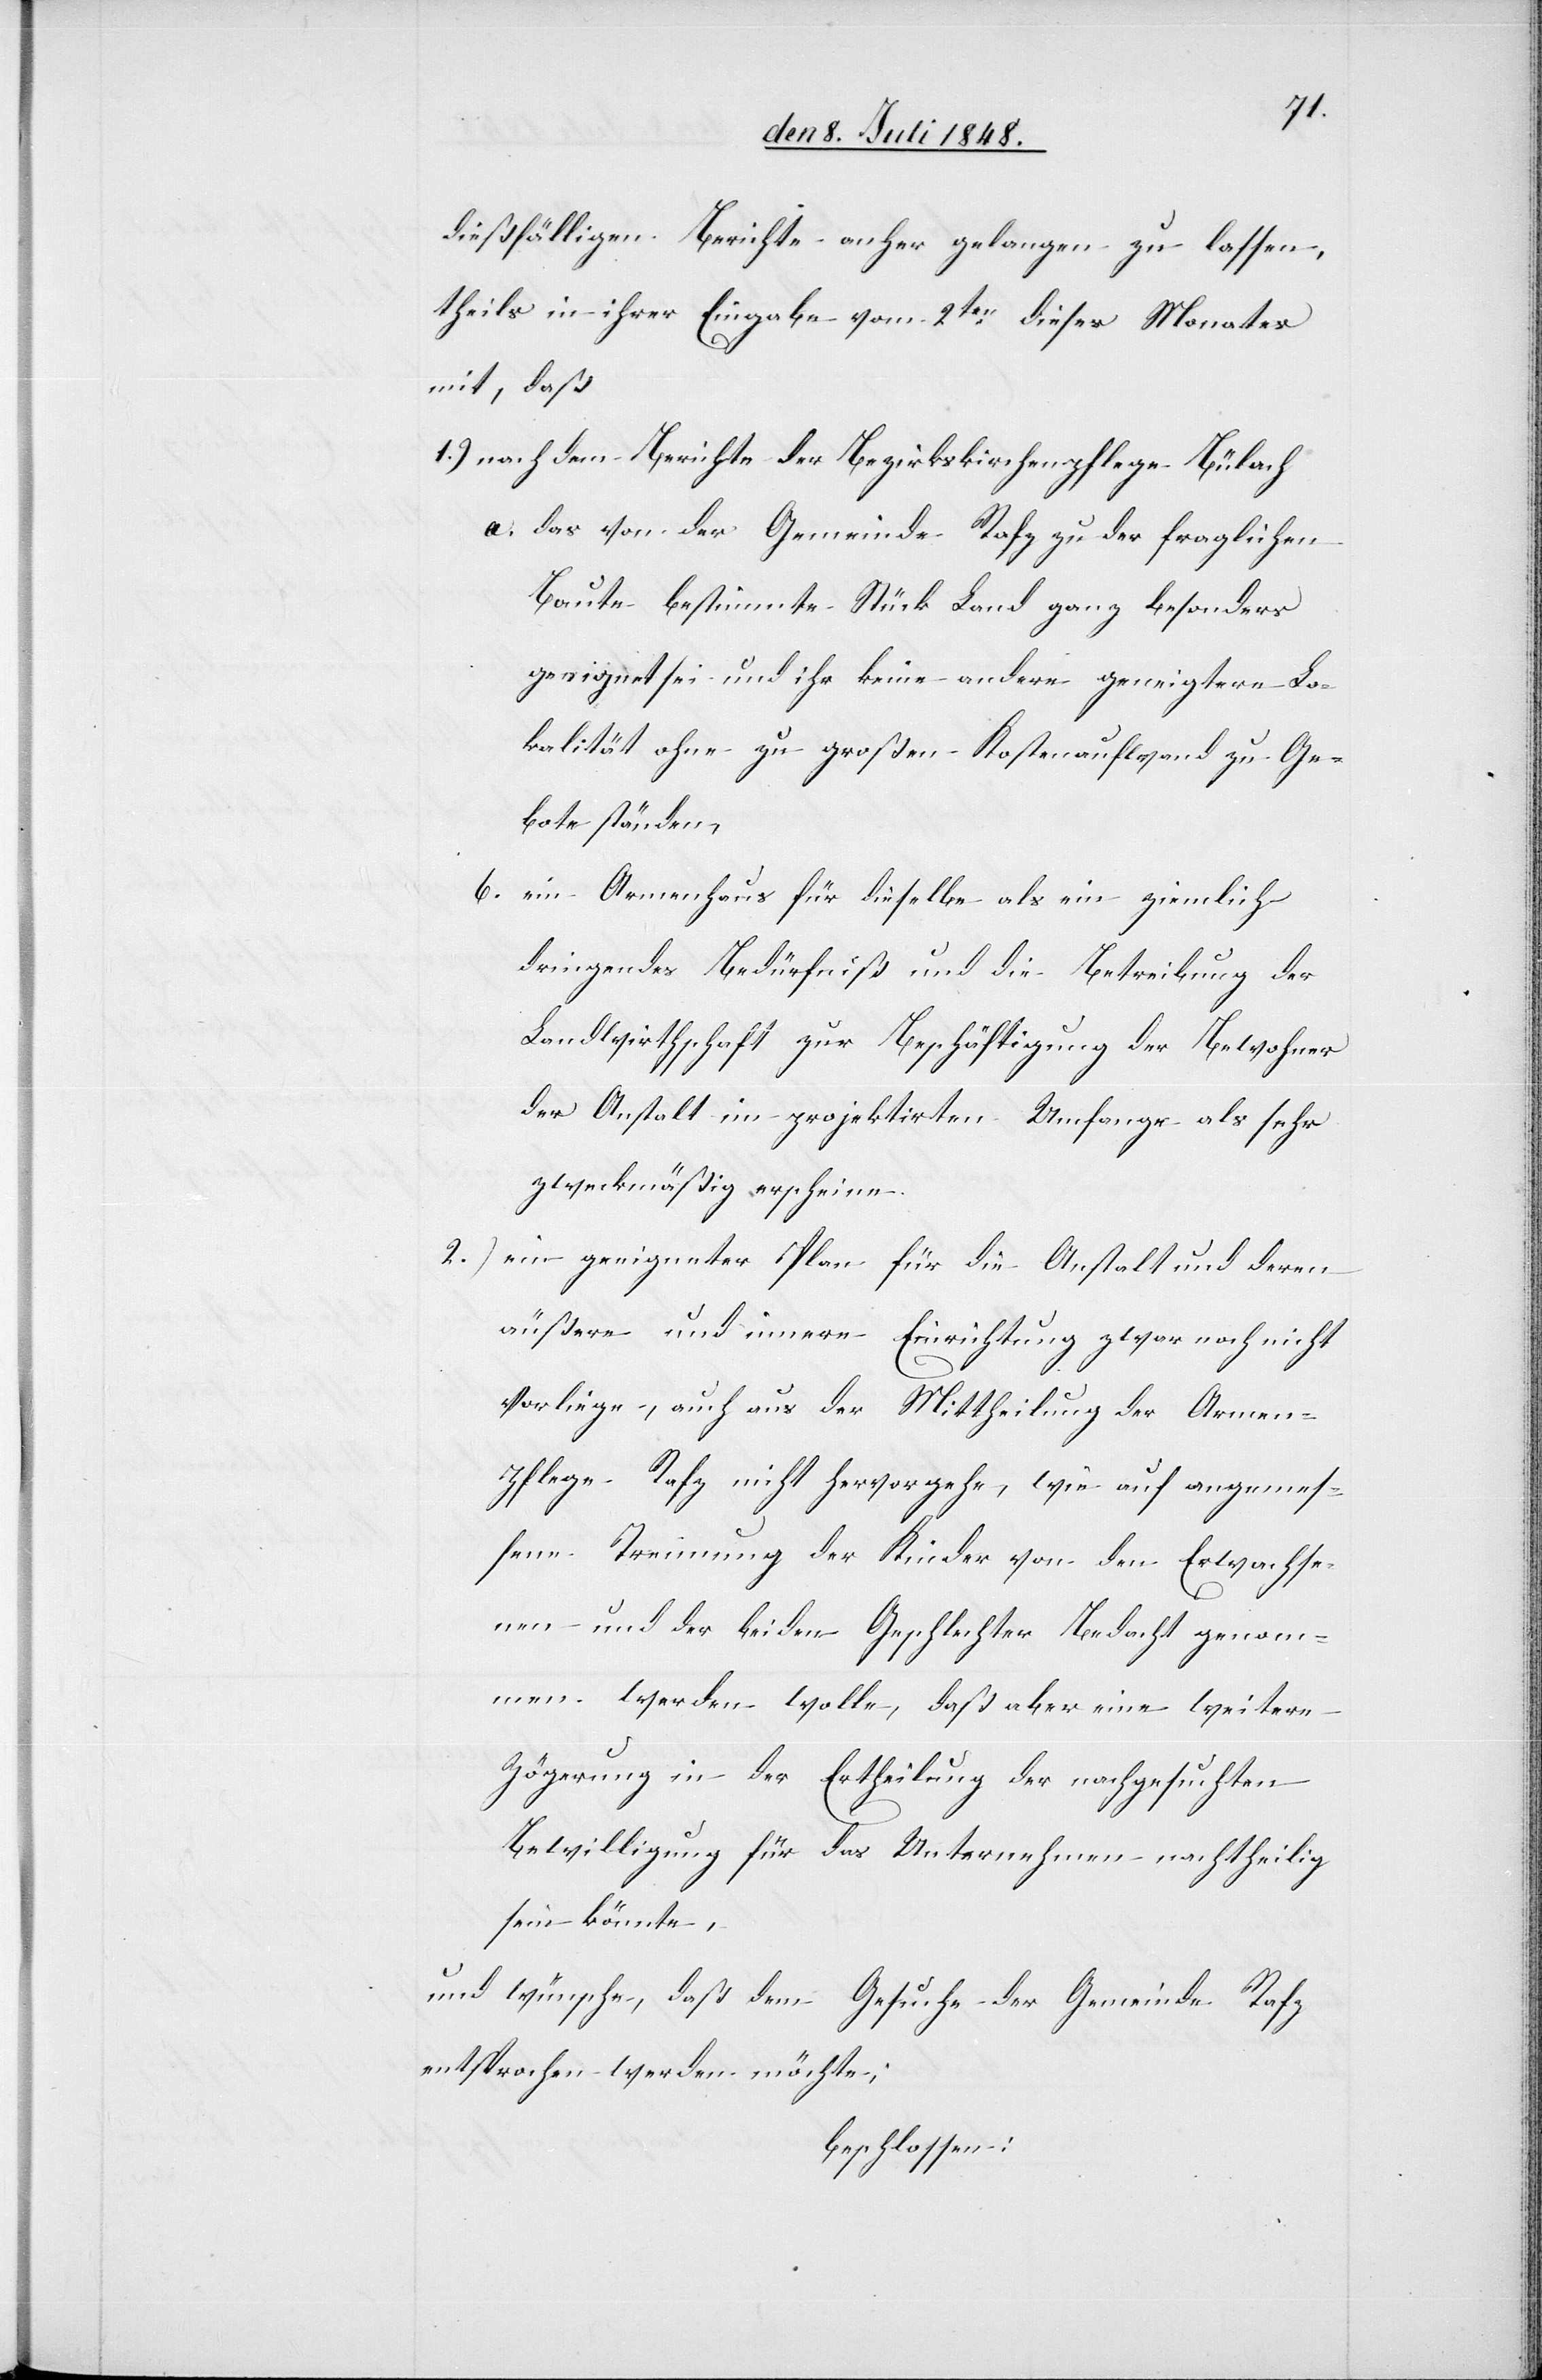
dießfälligen Berichte anher gelangen zu lassen,
theils in ihrer Eingabe vom 2ten dieses Monats
mit, daß
1.) nach dem Berichte der Bezirkskirchenpflege Bülach
a. das von der Gemeinde Rafz zu der fraglichen
Baute bestimmte Stück Land ganz besonders
geeignet sei und ihr keine andere geeignetere Lo¬
kalität ohne zu großen Kostenaufwand zu Ge¬
bote ständen,
b. ein Armenhaus für dieselbe als ein ziemlich
dringendes Bedürfniß und die Betreibung der
Landwirthschaft zur Beschäftigung der Bewohner
der Anstalt im projektirten Umfange als sehr
zweckmäßig erscheine.
2.) ein geeigneter Plan für die Anstalt und deren
äußere und innere Einrichtung zwar noch nicht
vorliege, auch aus der Mittheilung der Armen¬
pflege Rafz nicht hervorgehe, wie auf angemes¬
sene Trennung der Kinder von den Erwachse¬
nen und der beiden Geschlechter Bedacht genom¬
men werden wolle, daß aber eine weitere
Zögerung in der Ertheilung der nachgesuchten
Bewilligung für das Unternehmen nachtheilig
sein könnte,
und wünsche, daß dem Gesuche der Gemeinde Rafz
entsprochen werden möchte;
beschlossen.